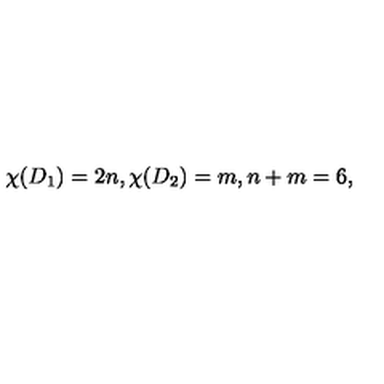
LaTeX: \chi ( D _ { 1 } ) = 2 n , \chi ( D _ { 2 } ) = m , n + m = 6 ,